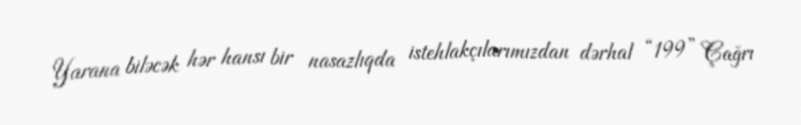
Yarana biləcək hər hansı bir nasazlıqda istehlakçılarımızdan dərhal “199” Çağrı